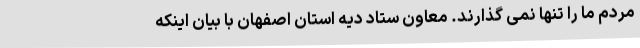
مردم ما را تنها نمی گذارند. معاون ستاد دیه استان اصفهان با بیان اینکه